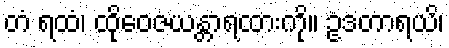
တံ ရထံ၊ ထိုဝေဇယန္တာရထားကို။ ဥဒတာရယိ၊